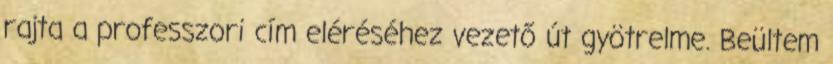
rajta a professzori cím eléréséhez vezető út gyötrelme. Beültem